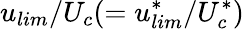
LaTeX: u_{lim}/U_{c}(=u_{lim}^{*}/U_{c}^{*})